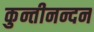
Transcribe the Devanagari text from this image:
कुन्तीनन्दन